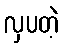
လှပတဲ့